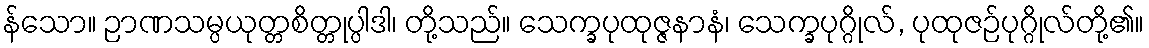
န်သော။ ဉာဏသမ္ပယုတ္တစိတ္တုပ္ပါဒါ၊ တို့သည်။ သေက္ခပုထုဇ္ဇနာနံ၊ သေက္ခပုဂ္ဂိုလ်, ပုထုဇဉ်ပုဂ္ဂိုလ်တို့၏။